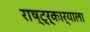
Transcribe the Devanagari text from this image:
राष्ट्र्कार्याला